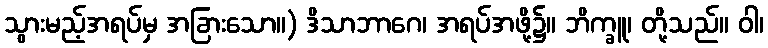
သွားမည့်အရပ်မှ အခြားသော။) ဒိသာဘာဂေ၊ အရပ်အဖို့၌။ ဘိက္ခူ၊ တို့သည်။ ဝါ၊